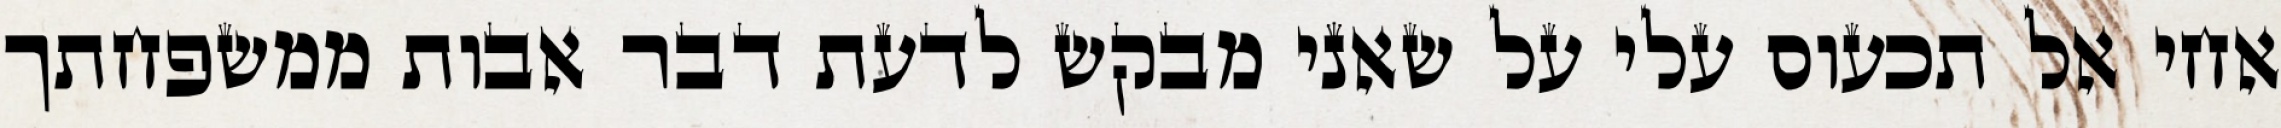
אחי אל תכעוס עלי על שאני מבקש לדעת דבר אבות ממשפחתך